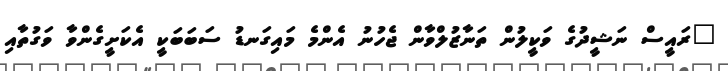
"ރައީސް ނަޝީދުގެ ވަކީލުން ތަނާޒުލްވާން ޖެހުނު އެންމެ މައިގަނޑު ސަބަބަކީ އެކަށީގެންވާ ވަގުތާއި